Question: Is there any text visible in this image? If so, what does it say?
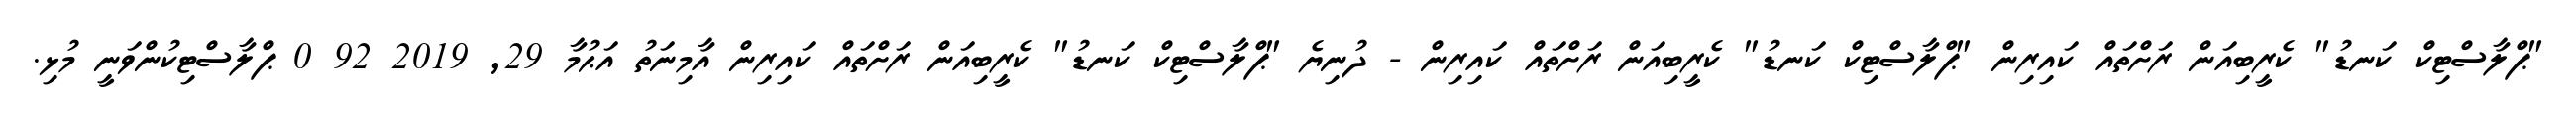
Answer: "ޕްލާސްޓިކް ކަނޑު" ކެރީބިއަން ރަށްތައް ކައިރިން "ޕްލާސްޓިކް ކަނޑު" ކެރީބިއަން ރަށްތައް ކައިރިން - ދުނިޔެ "ޕްލާސްޓިކް ކަނޑު" ކެރީބިއަން ރަށްތައް ކައިރިން އާމިނަތު އަޙުމާ 29, 2019 92 0 ޕްލާސްޓިކުންވަނީ މުޅި.